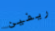
ريفين